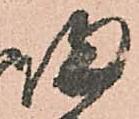
帰